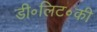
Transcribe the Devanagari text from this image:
डी॰लिट॰की